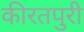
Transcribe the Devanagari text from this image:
कीरतपुरी